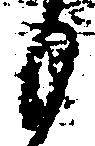
も